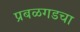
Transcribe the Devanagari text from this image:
प्रबळगडचा